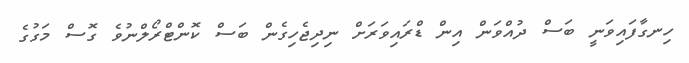
ހިނގާފައިވަނީ ބަަސް ދުއްވަން އިން ޑްރައިވަރަށް ނިދިޖެހިގެން ބަސް ކޮންޓްރޯލްނުވެ ގޮސް މަގުގެ